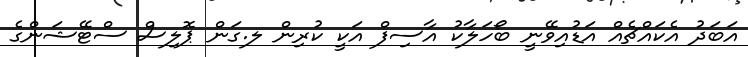
އަބަދު އެކައްޗެއް އަޑުއިވޭނީ ބޯހަލާކު އާސިފް އަކީ ކުރިން ލ.ގަން ޕޮލިސް ސްޓޭޝަންގެ